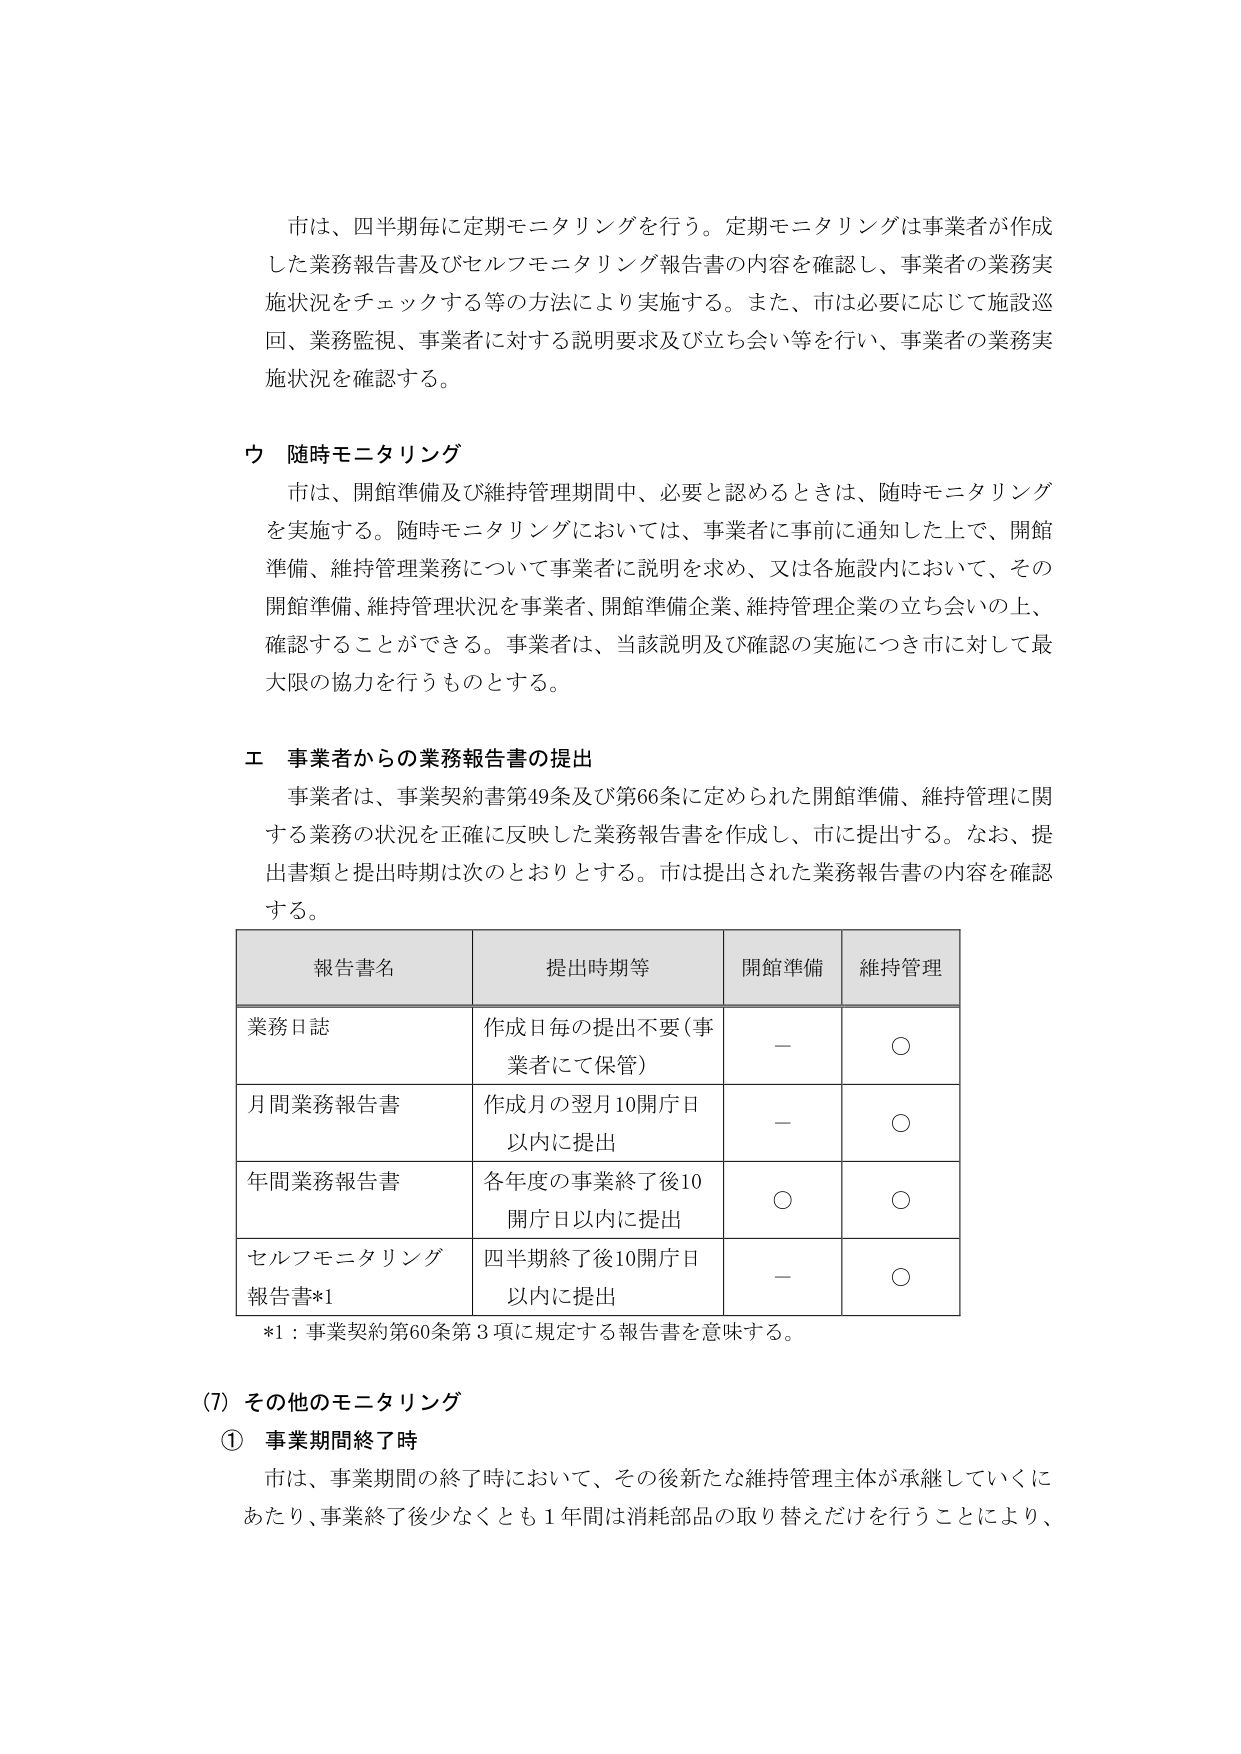
市は、四半期毎に定期モニタリングを行う。定期モニタリングは事業者が作成した業務報告書及びセルフモニタリング報告書の内容を確認し、事業者の業務実施状況をチェックする等の方法により実施する。また、市は必要に応じて施設巡回、業務監視、事業者に対する説明要求及び立ち会い等を行い、事業者の業務実施状況を確認する。

ウ 随時モニタリング
市は、開館準備及び維持管理期間中、必要と認めるときは、随時モニタリングを実施する。随時モニタリングにおいては、事業者に事前に通知した上で、開館準備、維持管理業務について事業者に説明を求め、又は各施設内において、その開館準備、維持管理状況を事業者、開館準備企業、維持管理企業の立ち会いの上、確認することができる。事業者は、当該説明及び確認の実施につき市に対して最大限の協力を行うものとする。

エ 事業者からの業務報告書の提出
事業者は、事業契約書第49条及び第66条に定められた開館準備、維持管理に関する業務の状況を正確に反映した業務報告書を作成し、市に提出する。なお、提出書類と提出時期は次のとおりとする。市は提出された業務報告書の内容を確認する。

報告書名　　　　　提出時期等　　　　　開館準備　　　維持管理
業務日誌　　　　　作成日毎の提出不要（事業者にて保管）　　　－　　　○
月間業務報告書　　作成月の翌月10開庁日以内に提出　　　－　　　○
年間業務報告書　　各年度の事業終了後10開庁日以内に提出　　○　　　○
セルフモニタリング報告書*1　四半期終了後10開庁日以内に提出　－　　　○
*1：事業契約第60条第3項に規定する報告書を意味する。

(7) その他のモニタリング
① 事業期間終了時
市は、事業期間の終了時において、その後新たな維持管理主体が承継していくにあたり、事業終了後少なくとも1年間は消耗部品の取り替えだけを行うことにより、